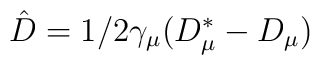
\hat{D}=1/2 \gamma_{ \mu}(D_{ \mu}^*-D_{ \mu})